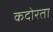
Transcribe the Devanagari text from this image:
कदोरता